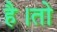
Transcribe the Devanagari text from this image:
है।तो